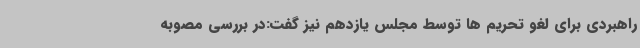
راهبردی برای لغو تحریم ها توسط مجلس یازدهم نیز گفت:در بررسی مصوبه